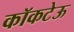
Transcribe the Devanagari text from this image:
कॉकटेऊ